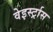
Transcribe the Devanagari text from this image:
वेइर्स्ट्रास